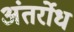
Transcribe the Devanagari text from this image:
अंतर्रोध